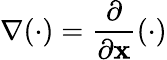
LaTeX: \nabla(\cdot)=\frac{\partial}{\partial{\mathbf x}}(\cdot)